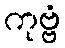
ကုဗ္ဗံ